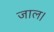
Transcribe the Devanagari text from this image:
जाल।